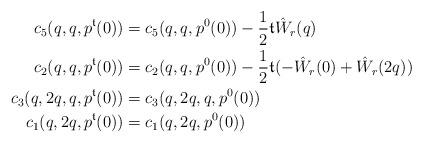
LaTeX: \begin{align*}c_5(q,q,p^\mathfrak{t}(0)) &= c_5(q,q,p^0(0))-\frac 12 \mathfrak{t} \hat W_r(q)\\c_2(q,q,p^\mathfrak{t}(0)) &= c_2(q,q,p^0(0))-\frac 12 \mathfrak{t} (-\hat W_r(0)+\hat W_r(2q))\\c_3(q,2q,q,p^\mathfrak{t}(0)) &= c_3(q,2q,q,p^0(0))\\c_1(q,2q,p^\mathfrak{t}(0)) &= c_1(q,2q,p^0(0))\end{align*}